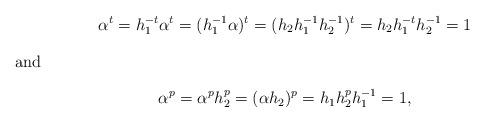
LaTeX: \begin{gather*}\alpha^t=h_1^{-t}\alpha^t=(h_1^{-1}\alpha)^t=(h_2h_1^{-1}h_2^{-1})^t=h_2h_1^{-t}h_2^{-1}=1\intertext{and}\alpha^p=\alpha^ph_2^p=(\alpha h_2)^p=h_1h_2^ph_1^{-1}=1,\end{gather*}